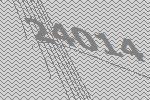
24014